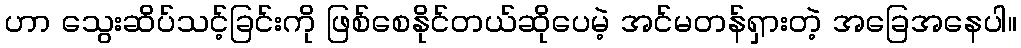
ဟာ သွေးဆိပ်သင့်ခြင်းကို ဖြစ်စေနိုင်တယ်ဆိုပေမဲ့ အင်မတန်ရှားတဲ့ အခြေအနေပါ။